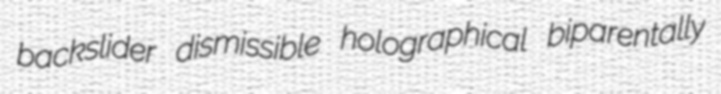
backslider dismissible holographical biparentally